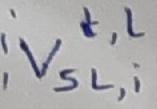
Text: t,l VSL,i